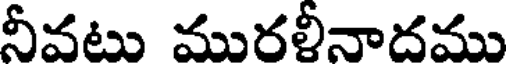
నీవటు మురళీనాదము